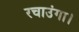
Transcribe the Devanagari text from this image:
रचाउंगा।